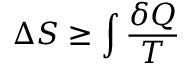
\Delta S \geq \int { \frac { \delta Q } { T } } \,